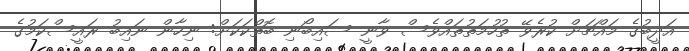
އަދީބުގެ މައްޗަށް ކުރެވޭ ތުހުމަތުތައްވެސް ވާނީ ސައިބޯނި ބޮތްކަކަށް: ނިހާން ނައިބު ރައީސްކަމުގެ